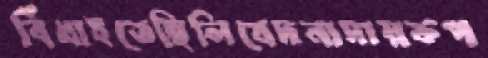
বিঁধাইতেছিলিবেদনাদায়কপ